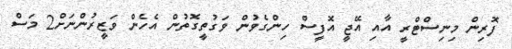
ފޮރިން މިނިސްޓްރީ އާއި އޭޖީ އޮފީސް ހިންގެވުން ވަގުތީގޮތުން އެހެން ވަޒީރުންނަށް2 މަސް